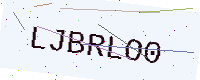
Text: LJBRLO0